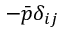
- \Bar { p } \delta _ { i j }